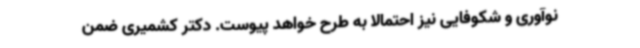
نوآوری و شکوفایی نیز احتمالاً به طرح خواهد پیوست. دکتر کشمیری ضمن